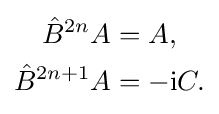
{\begin{aligned}{\hat {B}}^{2n}A&=A,\\{\hat {B}}^{2n+1}A&=-\mathrm {i} C.\end{aligned}}